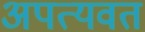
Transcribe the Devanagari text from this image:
अपत्यवत